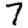
Digit: 7